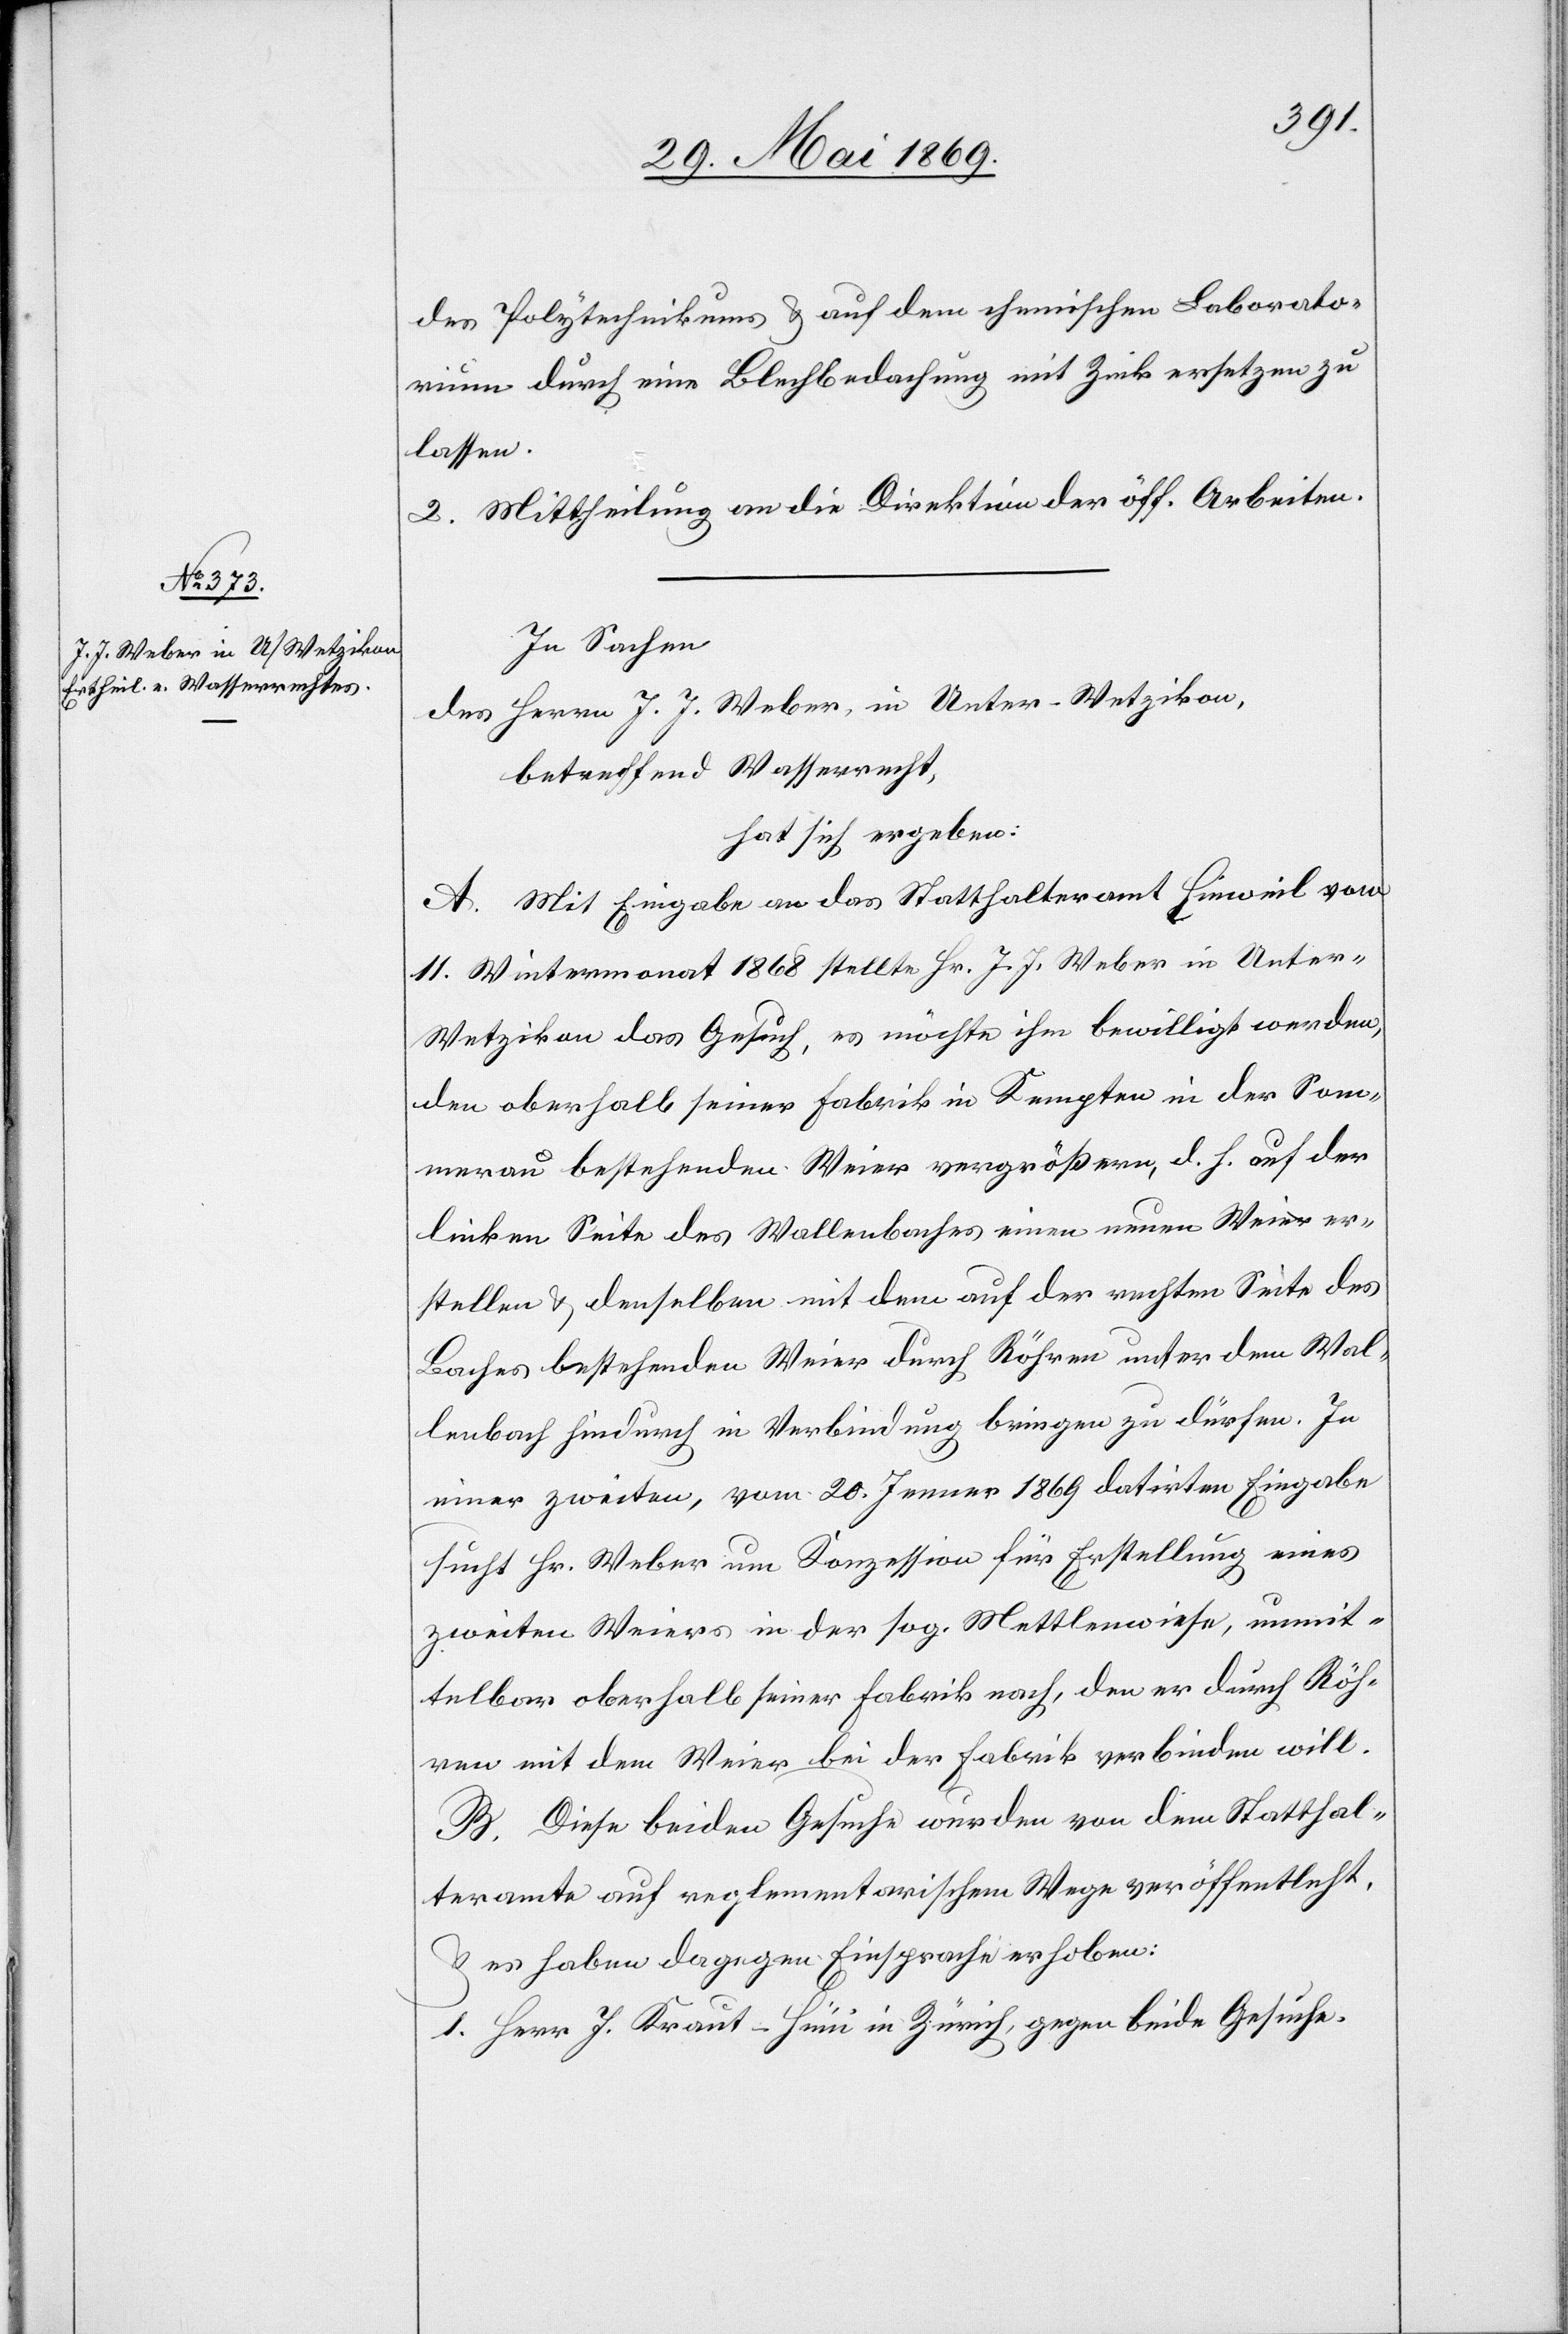
des Polytechnikums u. auf dem chemischen Laborato¬
rium durch eine Blechbedachung mit Zink ersetzen zu
lassen.
2. Mittheilung an die Direktion der öff. Arbeiten.
In Sachen
des Herrn J. J. Weber, in Unter-Wetzikon,
betreffend Wasserrecht,
hat sich ergeben:
A. Mit Eingabe an das Statthalteramt Hinweil vom
11. Wintermonat 1868 stellte Hr. J. J. Weber in Unter-W¬
etzikon das Gesuch, es möchte ihm bewilligt werden,
den oberhalb seiner Fabrik in Kempten in der Som¬
merau bestehenden Weier vergrößern, d. h. auf der
linken Seite des Wallenbaches einen neuen Weier er¬
stellen u. denselben mit dem auf der rechten Seite des
Baches bestehenden Weier durch Röhren unter dem Wal¬
lenbach hindurch in Verbindung bringen zu dürfen. In
einer zweiten, vom 20. Jenner 1869 datirten Eingabe
sucht Hr. Weber um Konzession für Erstellung eines
zweiten Weiers in der sog. Mettlenwiese, unmit¬
telbar oberhalb seiner Fabrik nach, den er durch Röh¬
ren mit dem Weier bei der Fabrik verbinden will.
B. Diese beiden Gesuche wurden von dem Statthal¬
teramte auf reglementarischem Wege veröffentlicht
u. es haben dagegen Einsprache erhoben:
1. Herr J. Kraut-Hüni in Zürich, gegen beide Gesuche.